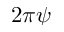
2 \pi \psi